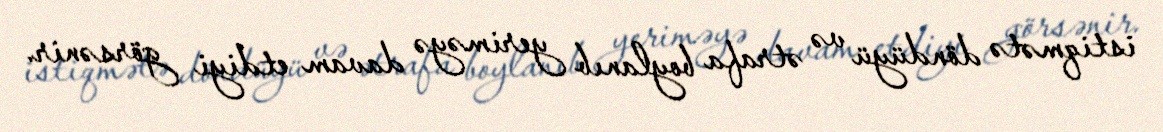
istiqmətə döndüyü və ətrafa boylanıb yeriməyə davam etdiyi görsənir.